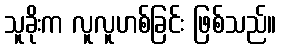
သူခိုးက လူလူဟစ်ခြင်း ဖြစ်သည်။